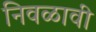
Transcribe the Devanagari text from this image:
निवळावी